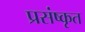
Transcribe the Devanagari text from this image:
प्रसंष्कृत